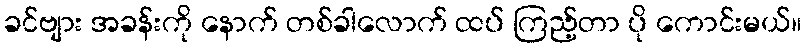
ခင်ဗျား အခန်းကို နောက် တစ်ခါလောက် ထပ် ကြည့်တာ ပို ကောင်းမယ်။